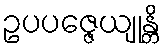
ဥပပဇ္ဇေယျုန္တိ